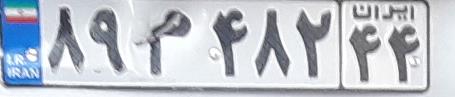
۸۹م۴۸۲۴۴